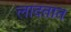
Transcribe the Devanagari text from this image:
लादतात